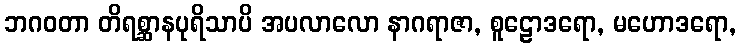
ဘဂဝတာ တိရစ္ဆာနပုရိသာပိ အပလာလော နာဂရာဇာ, စူဠောဒရော, မဟောဒရော,